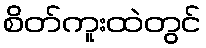
စိတ်ကူးထဲတွင်